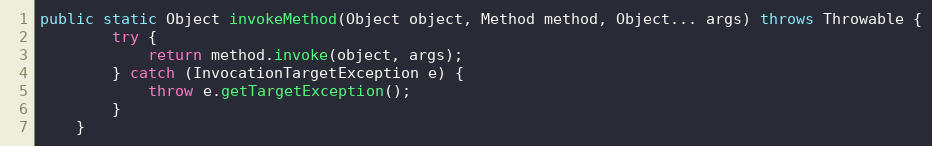
Language: Java
public static Object invokeMethod(Object object, Method method, Object... args) throws Throwable {
        try {
            return method.invoke(object, args);
        } catch (InvocationTargetException e) {
            throw e.getTargetException();
        }
    }